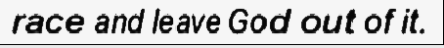
race and leave God out of it.